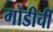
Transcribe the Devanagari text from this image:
गोंडीची